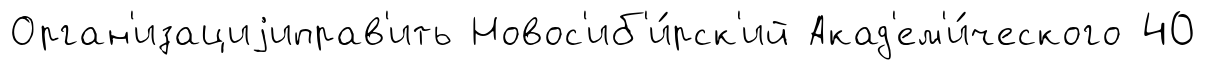
Орган'изациjиправ'ить Новос'иб'и́рск'ий Акад'ем'и́ческого 40